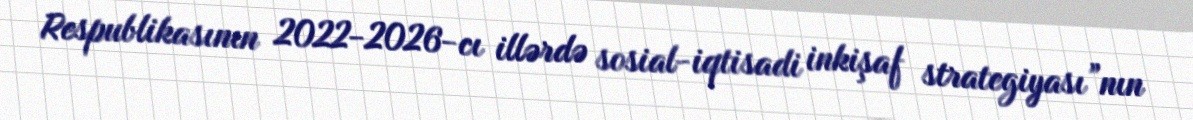
Respublikasının 2022-2026-cı illərdə sosial-iqtisadi inkişaf strategiyası”nın